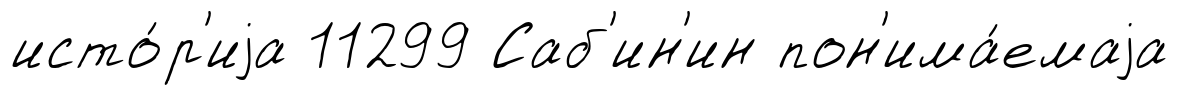
исто́р'иjа 11299 Саб'ин'ин пон'има́емаjа